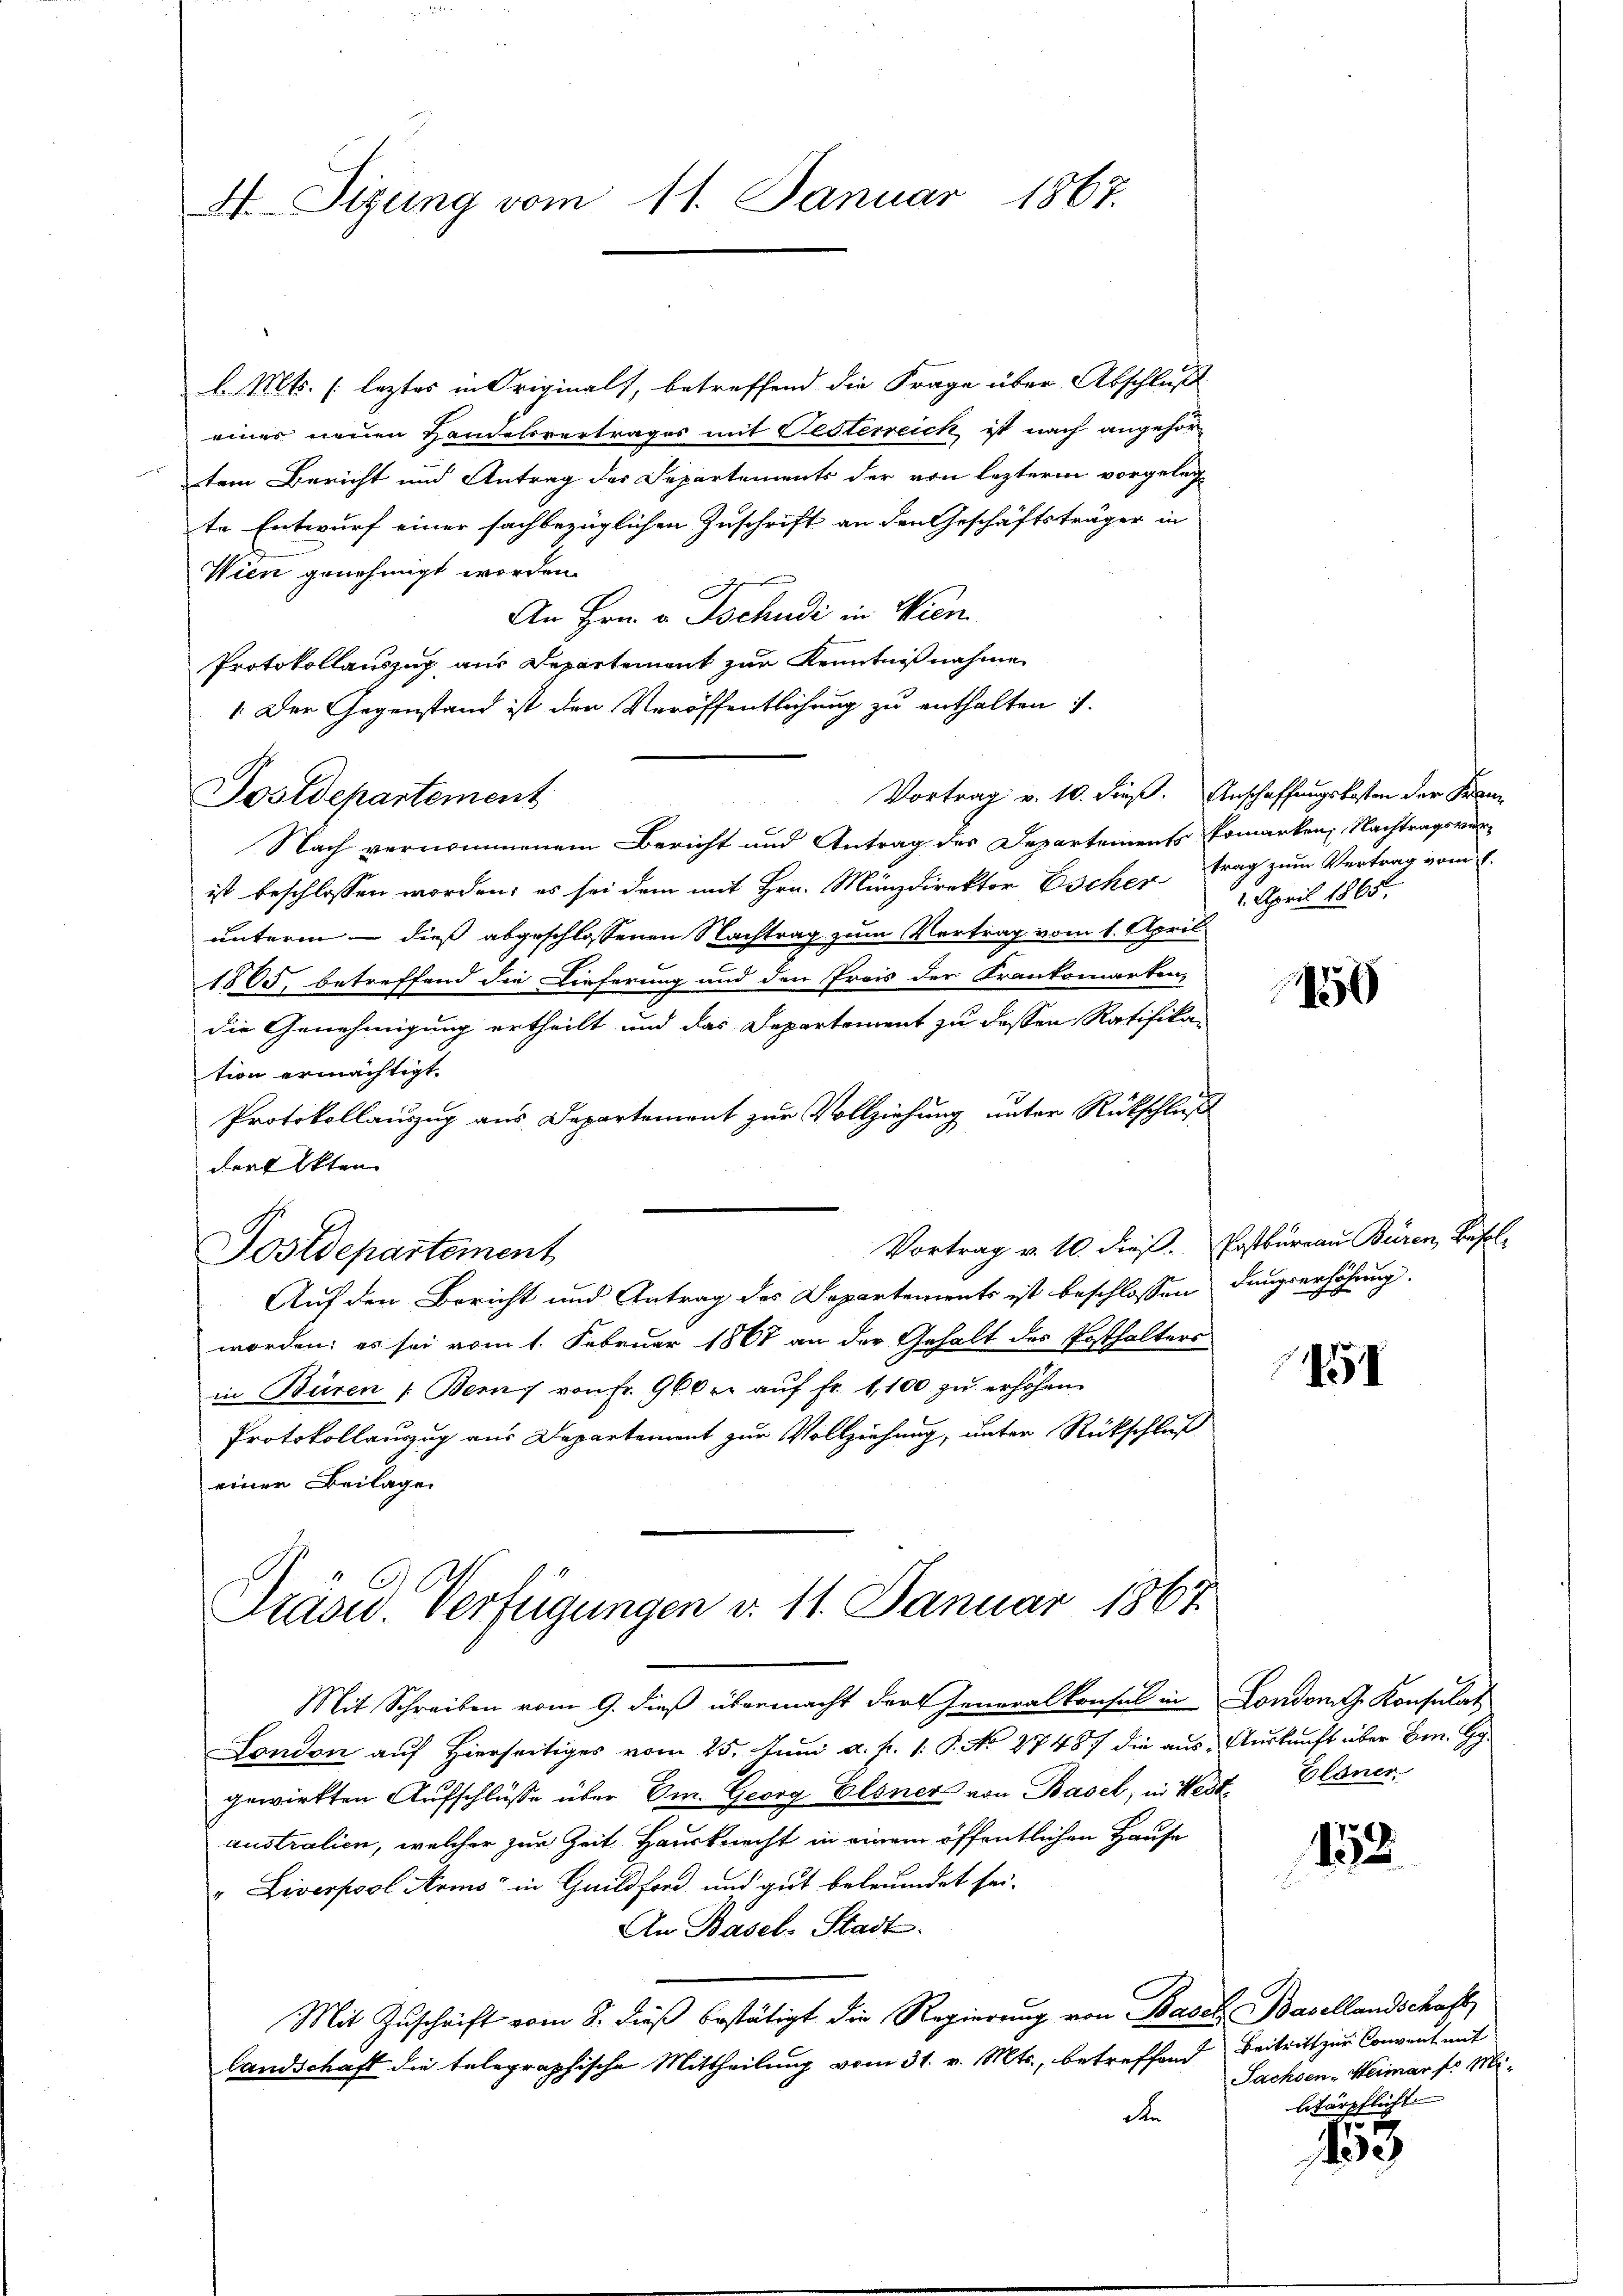
H Tigung vom 11. Januar 1867.

l. Mts. leztes in Originals, betreffend die Frage über Abschluß
einer neuen Handelsvertrages mit Festerreich ist nach angehör-
tem Bericht und Antrag der Departements der von lezterm vorgelegte Entwurf einer sachbezüglichen Zuschrift an den Geschäftsträger in
Wien genehmigt werden.
a
An Hrn. v. Tschudi in Wien
Protokollauszug aus Departement zur Kenntnißnahme
1. Der Gegenstand ist den Veröffentlichung zu enthalten 7.
Sostdepartement
Nach vernommenem Bericht und Antrag des Departements Ermarken, Nachtragsverist beschlossen worden; es sei dem mit Hrn. Münzdirektor Escher trag zum Vertrag vom 7.
unterm - dieß abgeschlossenen Nachtrag zum Vertrag vom 1. April
1865, betreffend die Lieferung und den Preis der Krankomarten,
die Genehmigung ertheilt und das Departement zu dessen Ratifika-
tion ermächtigt.
Protokollauszug aus Departement zur Vollziehung unter Rückschluß
derfekten
Vortrag v. 10. dieß. Postbureau Büren, Befol¬
Fostdepartement
Auf den Bericht und Antrag des Departements ist beschlossendungserhöhung.
worden; es sei vom 1. Februar 1867 an der Gehalt des Posthalters
in Büren : Bei von Fr. 960 r. auf fr. 1,100 zu erhöhen.
Protokollauszug aus Departement zur Vollziehung, unter Rückschluß
einer Beilagen

Präsid. Verfügungen d. 11. Januar 1867

Vortrag v. 10. dieß. Anschaffungskosten der Franz
1. April 1865.

Mit Schreiben vom 9. dieß übermacht der Generalkonsul in London Konsulat
London auf hierseitiges vom 25. Juni a. p. 1. P. No 27487 die aus Auskunft über Hrn. G
gewirkten Aufschlüsse über Em. Georg Elsner von Basel, in West Eldner
australien, welcher zur Zeit Hausknecht in einem öffentlichen Hause
„Liverpool Arms in Gaildford und gut betreidet sei.
An Basel-Stadt
Mit Zuschrift vom 8. dieß bestätigt die Regierung von Basel, Basellandschaft,
landschaft die telegraphische Mittheilung vom 31. v. Mts., betreffend Beitritt zur Convent mit
dr

150

151

152

Sachsen-Weimar f. M
litärpflicht.

x
19